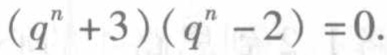
\((q^{n}+3)(q^{n}-2)=0.\)